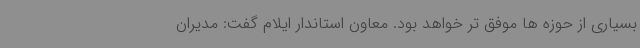
بسیاری از حوزه ها موفق تر خواهد بود. معاون استاندار ایلام گفت: مدیران